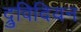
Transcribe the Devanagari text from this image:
द्रुविदियन